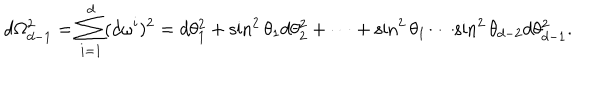
LaTeX: d \Omega _ { d - 1 } ^ { 2 } = \sum _ { i = 1 } ^ { d } ( d \omega ^ { i } ) ^ { 2 } = d \theta _ { 1 } ^ { 2 } + \sin ^ { 2 } \theta _ { 1 } d \theta _ { 2 } ^ { 2 } + \cdots + \sin ^ { 2 } \theta _ { 1 } \cdots \sin ^ { 2 } \theta _ { d - 2 } d \theta _ { d - 1 } ^ { 2 } .